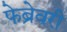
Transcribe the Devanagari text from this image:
फेब्रेवरी